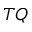
T Q